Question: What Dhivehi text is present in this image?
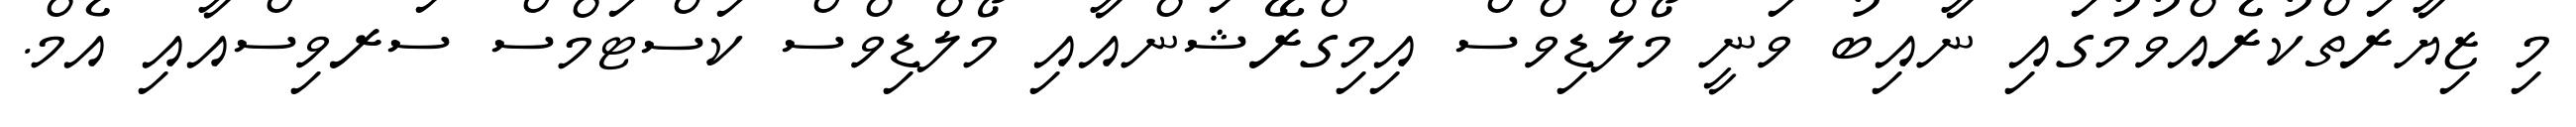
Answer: މި ޒިޔާރަތްކުރެއްވުމުގައި ނާއިބު ވަނީ މޯލްޑިވްސް އިމިގްރޭޝަންއާއި މޯލްޑިވްސް ކަސްޓަމްސް ސަރވިސްއާއި އެމް.